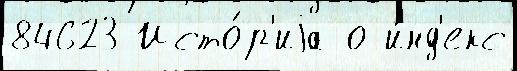
84623 Исто́р'иjа о и́нд'екс